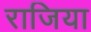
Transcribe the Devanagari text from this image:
राजिया